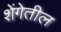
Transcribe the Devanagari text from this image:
शेंगेतील